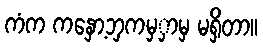
ကံက ကနှော့ဘှကမှှာမှ မရှိတာ။